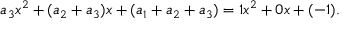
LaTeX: a _ { 3 } x ^ { 2 } + ( a _ { 2 } + a _ { 3 } ) x + ( a _ { 1 } + a _ { 2 } + a _ { 3 } ) = 1 x ^ { 2 } + 0 x + ( - 1 ) .